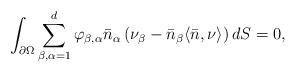
LaTeX: \begin{align*} \int_{\partial \Omega} \sum_{\beta , \alpha = 1}^d \varphi_{\beta , \alpha}\bar{n}_\alpha \left(\nu_\beta - \bar{n}_\beta \langle \bar{n} ,\nu \rangle \right) dS=0,\end{align*}